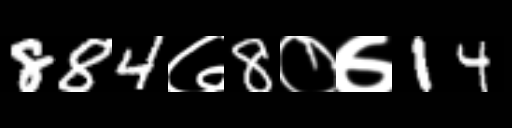
Text: 884७8०७14